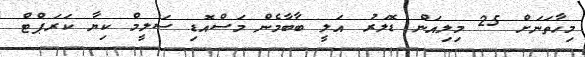
މިހާތަނަށް 25 މިލިއަން ޑޮލަރު އަލީ ބާބާމެން މަސްއޮޑި ސަލީމް ކިޔާ ކަރަޕްޓް